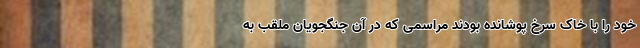
خود را با خاک سرخ پوشانده بودند مراسمی که در آن جنگجویان ملقب به